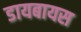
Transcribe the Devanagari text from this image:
डायबायस